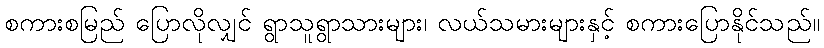
စကားစမြည် ပြောလိုလျှင် ရွာသူရွာသားများ၊ လယ်သမားများနှင့် စကားပြောနိုင်သည်။